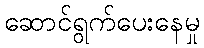
ဆောင်ရွက်ပေးနေမှု